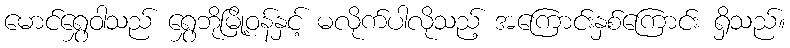
မောင်ရွှေဝါသည် ရွှေဘိုမြို့ဝန်နှင့် မလိုက်ပါလိုသည့် အကြောင်းနှစ်ကြောင်း ရှိသည်။